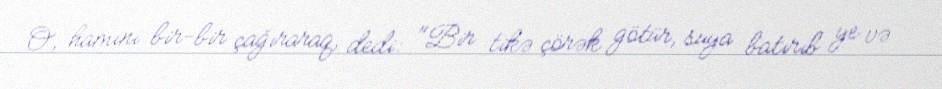
O, hamını bir-bir çağıraraq, dedi: "Bir tikə çörək götür, suya batırıb ye və